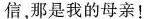
信，那是我的母亲！